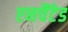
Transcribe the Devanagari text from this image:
एनचैंटेड